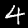
Digit: 4